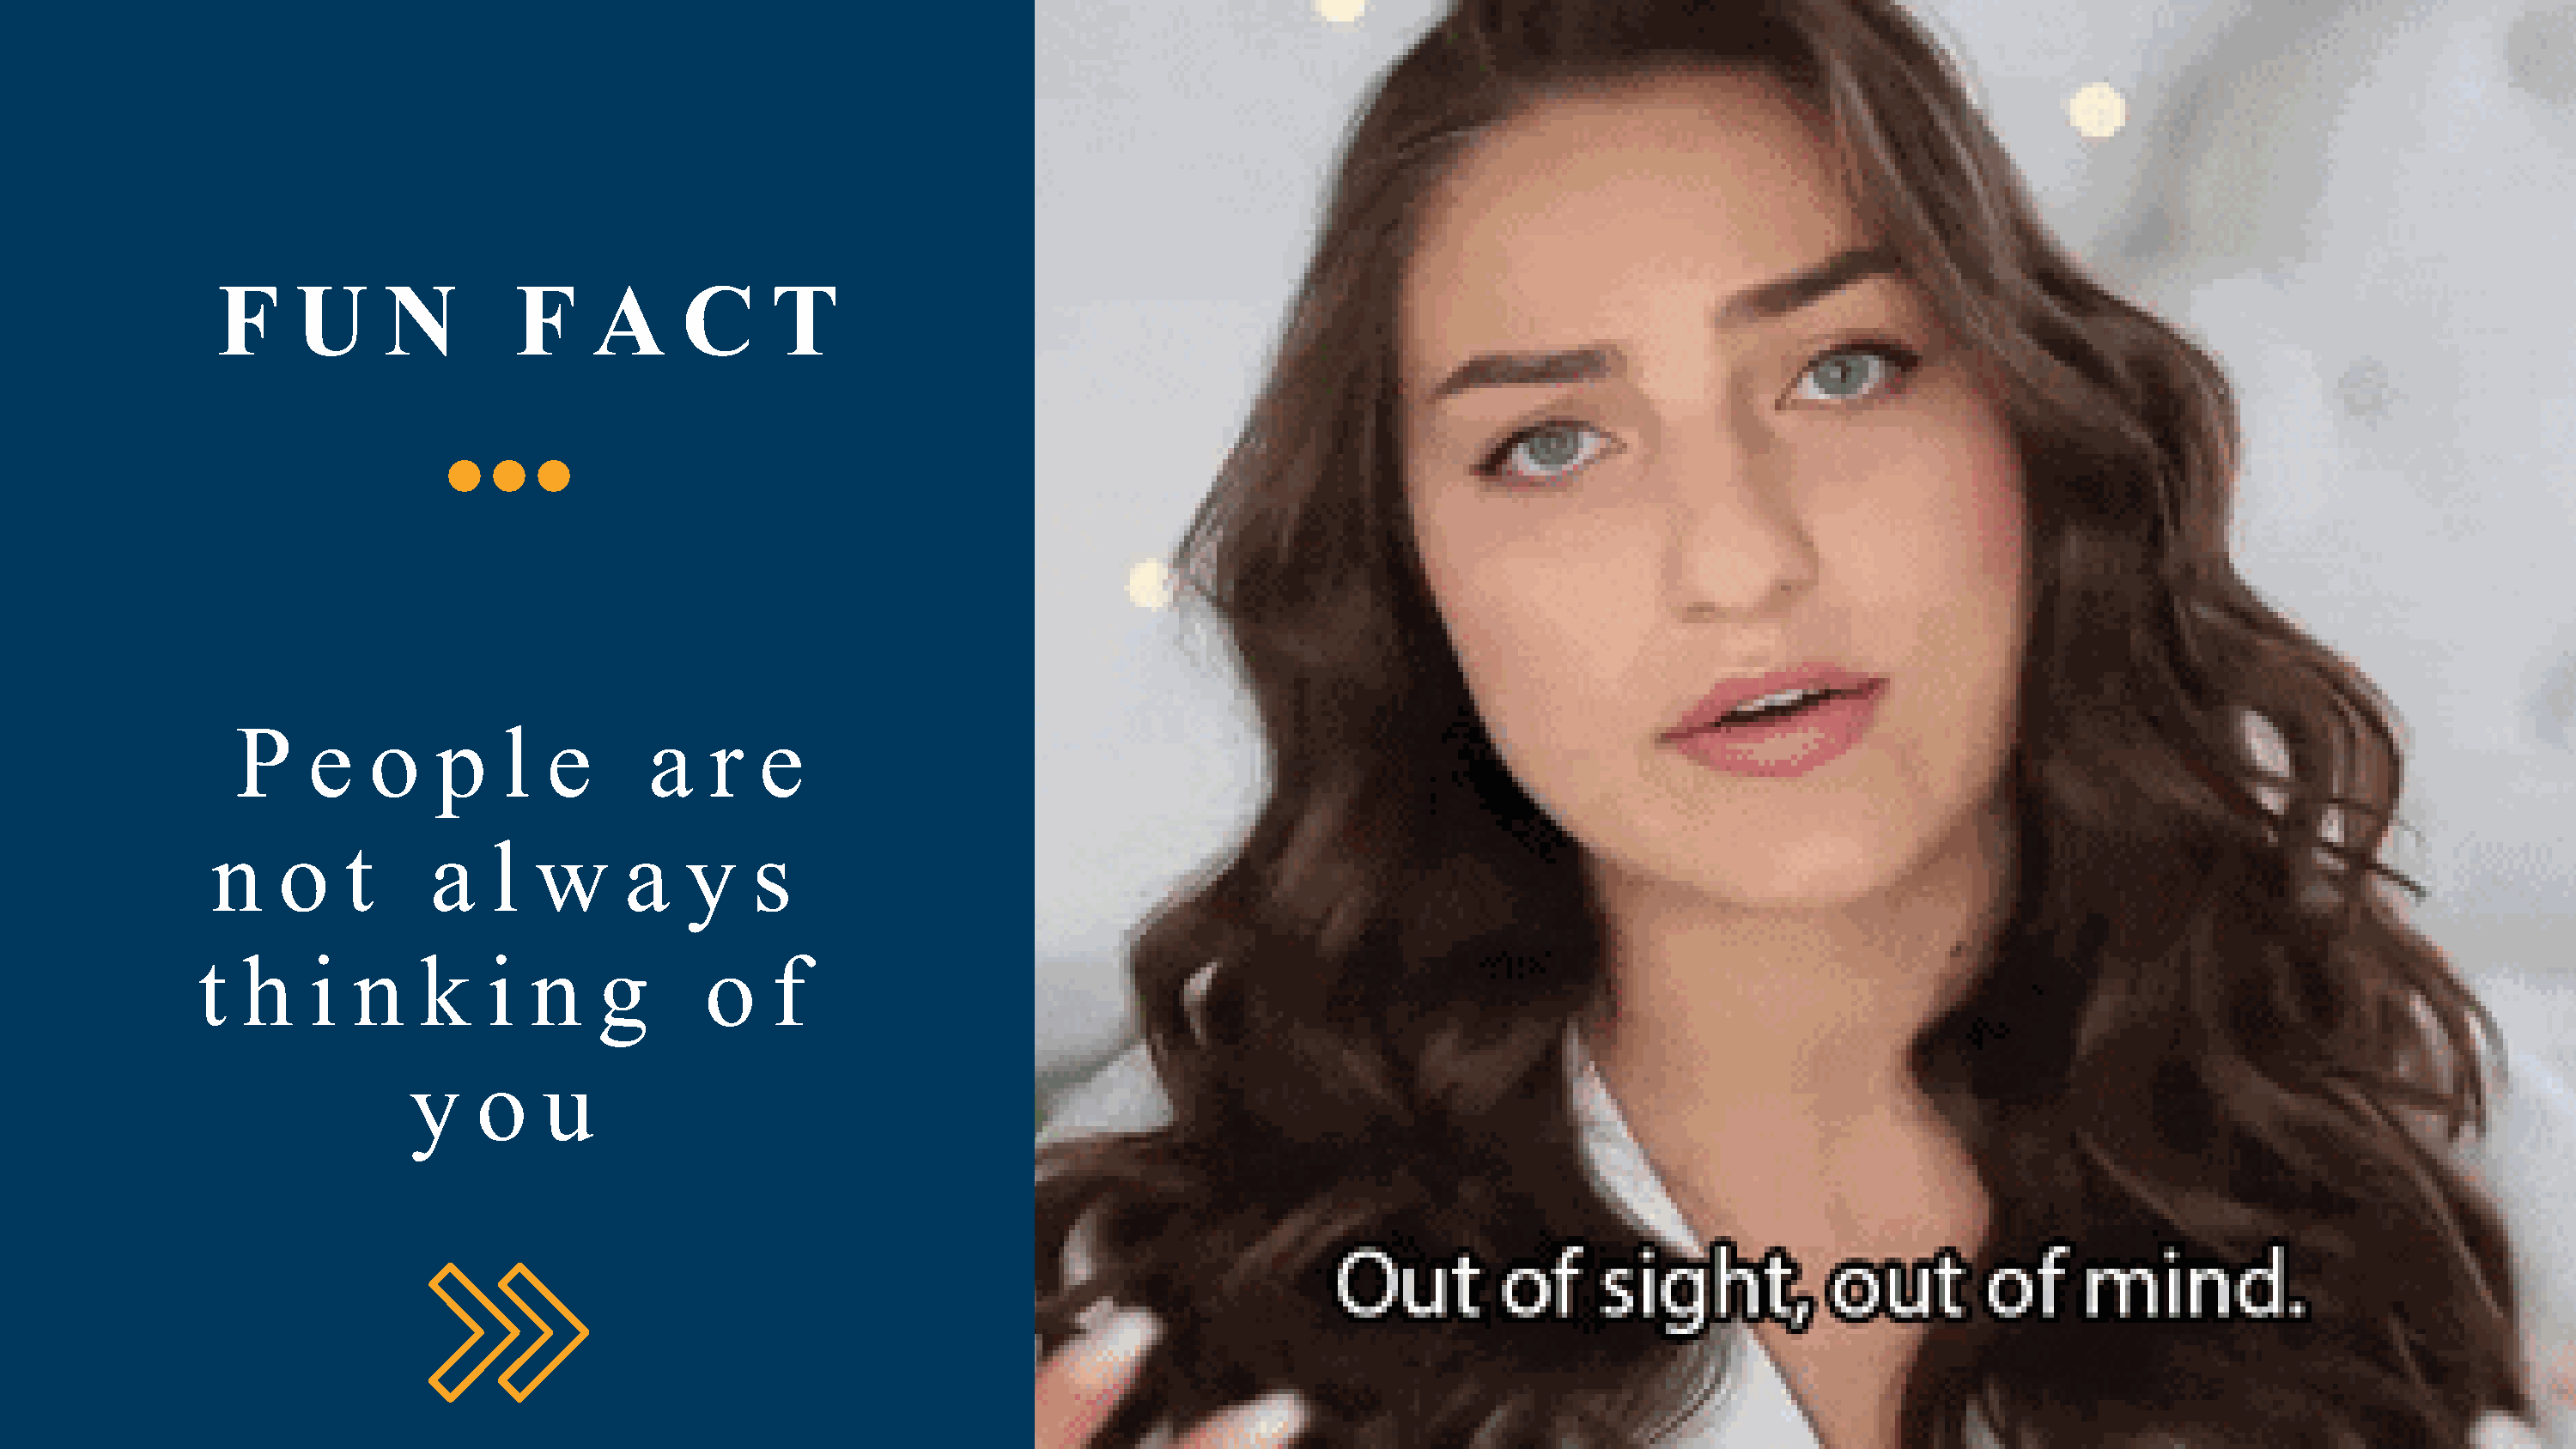
F     U      N         F     A      C     T
 P     e   o     p    l  e       a    r   e
 n    o     t     a    l  w      a    y    s
 t   h    i  n    k     i  n    g       o    f
 y    o    u